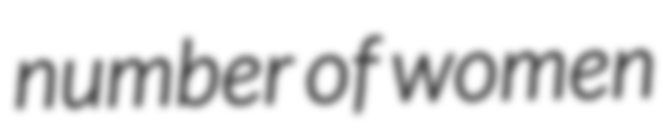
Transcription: number of women